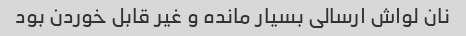
نان لواش ارسالی بسیار مانده و غیر قابل خوردن بود